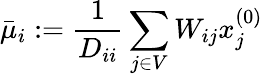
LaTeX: \bar{\mu}_{i}:=\frac{1}{D_{ii}}\sum_{j\in V}W_{ij}x_{j}^{(0)}